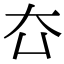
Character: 㚎